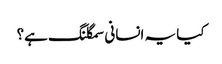
کیا یہ انسانی سمگلنگ ہے؟